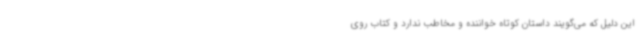
این دلیل که می‌گویند داستان کوتاه خواننده و مخاطب ندارد و کتاب روی